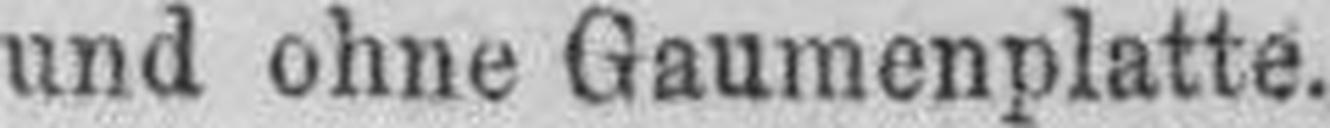
und ohne Gaumenplatte.